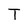
Character: T